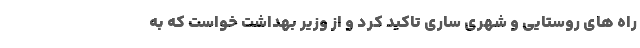
راه های روستایی و شهری ساری تاکید کرد و از وزیر بهداشت خواست که به